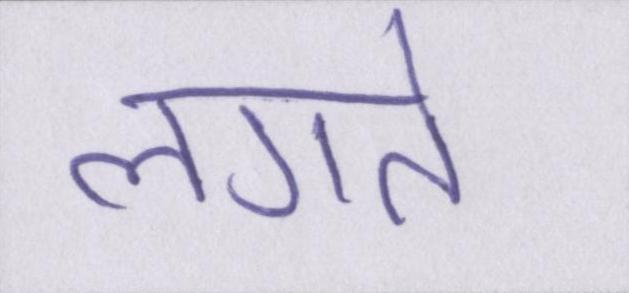
लगते